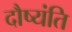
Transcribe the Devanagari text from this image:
दौष्यंति